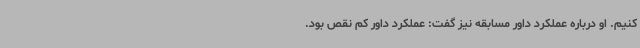
کنیم. او درباره عملکرد داور مسابقه نیز گفت: عملکرد داور کم نقص بود.